Report of the Indian Hemp Drugs Commission, 1894-1895 - Volume I
Year: 1894
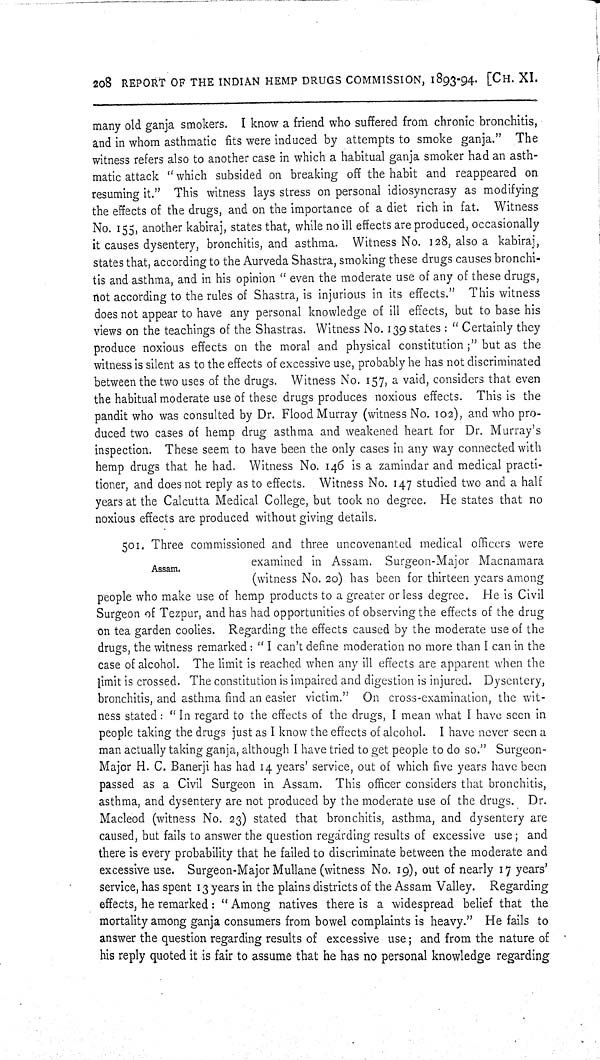
208 REPORT OF THE INDIAN HEMP DRUGS COMMISSION, 1893-94. [CH. XI.
many old ganja smokers. I know a friend who suffered from chronic bronchitis,
and in whom asthmatic fits were induced by attempts to smoke ganja." The
witness refers also to another case in which a habitual ganja smoker had an asth-
matic attack "which subsided on breaking off the habit and reappeared on
resuming it." This witness lays stress on personal idiosyncrasy as modifying
the effects of the drugs, and on the importance of a diet rich in fat. Witness
No. 155, another kabiraj, states that, while no ill effects are produced, occasionally
it causes dysentery, bronchitis, and asthma. Witness No. 128, also a kabiraj,
states that, according to the Aurveda Shastra, smoking these drugs causes bronchi-
tis and asthma, and in his opinion "even the moderate use of any of these drugs,
not according to the rules of Shastra, is injurious in its effects." This witness
does not appear to have any personal knowledge of ill effects, but to base his
views on the teachings of the Shastras. Witness No. 139 states: "Certainly they
produce noxious effects on the moral and physical constitution;" but as the
witness is silent as to the effects of excessive use, probably he has not discriminated
between the two uses of the drugs. Witness No. 157, a vaid, considers that even
the habitual moderate use of these drugs produces noxious effects. This is the
pandit who was consulted by Dr. Flood Murray (witness No. 102), and who pro-
duced two cases of hemp drug asthma and weakened heart for Dr. Murray's
inspection. These seem to have been the only cases in any way connected with
hemp drugs that he had. Witness No. 146 is a zamindar and medical practi-
tioner, and does not reply as to effects. Witness No. 147 studied two and a half
years at the Calcutta Medical College, but took no degree. He states that no
noxious effects are produced without giving details.
Assam.
501. Three commissioned and three uncovenanted medical officers were
examined in Assam. Surgeon-Major Macnamara
(witness No. 20) has been for thirteen years among
people who make use of hemp products to a greater or less degree. He is Civil
Surgeon of Tezpur, and has had opportunities of observing the effects of the drug
on tea garden coolies. Regarding the effects caused by the moderate use of the
drugs, the witness remarked: "I can't define moderation no more than I can in the
case of alcohol. The limit is reached when any ill effects are apparent when the
limit is crossed. The constitution is impaired and digestion is injured. Dysentery,
bronchitis, and asthma find an easier victim." On cross-examination, the wit-
ness stated: "In regard to the effects of the drugs, I mean what I have seen in
people taking the drugs just as I know the effects of alcohol. I have never seen a
man actually taking ganja, although I have tried to get people to do so." Surgeon-
Major H. C. Banerji has had 14 years' service, out of which five years have been
passed as a Civil Surgeon in Assam. This officer considers that bronchitis,
asthma, and dysentery are not produced by the moderate use of the drugs. Dr.
Macleod (witness No. 23) stated that bronchitis, asthma, and dysentery are
caused, but fails to answer the question regarding results of excessive use; and
there is every probability that he failed to discriminate between the moderate and
excessive use. Surgeon-Major Mullane (witness No. 19), out of nearly 17 years'
service, has spent 13 years in the plains districts of the Assam Valley. Regarding
effects, he remarked: "Among natives there is a widespread belief that the
mortality among ganja consumers from bowel complaints is heavy." He fails to
answer the question regarding results of excessive use; and from the nature of
his reply quoted it is fair to assume that he has no personal knowledge regarding